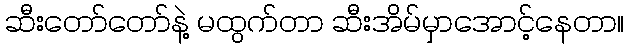
ဆီးတော်တော်နဲ့ မထွက်တာ ဆီးအိမ်မှာအောင့်နေတာ။